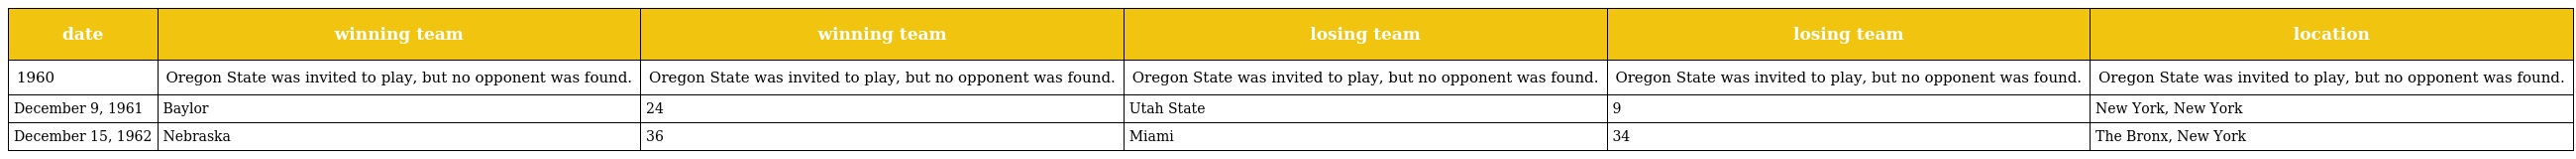
| date | winning team | winning team | losing team | losing team | location |
 | --- | --- | --- | --- | --- | --- |
 | 1960 | Oregon State was invited to play, but no opponent was found. | Oregon State was invited to play, but no opponent was found. | Oregon State was invited to play, but no opponent was found. | Oregon State was invited to play, but no opponent was found. | Oregon State was invited to play, but no opponent was found. |
 | December 9, 1961 | Baylor | 24 | Utah State | 9 | New York, New York |
 | December 15, 1962 | Nebraska | 36 | Miami | 34 | The Bronx, New York |